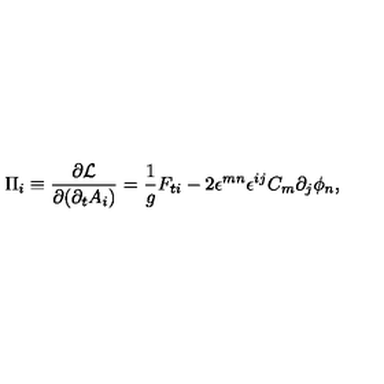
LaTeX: \Pi _ { i } \equiv { \frac { \partial { \cal L } } { \partial { ( \partial _ { t } A _ { i } ) } } } = { \frac { 1 } { g } } F _ { t i } - 2 \epsilon ^ { m n } \epsilon ^ { i j } C _ { m } \partial _ { j } \phi _ { n } ,